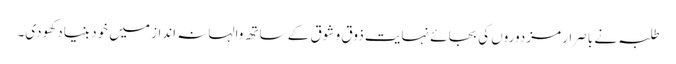
طلبہ نے باصرار مزدوروں کی بجائے نہایت ذوق و شوق کے ساتھ والہانہ انداز میں خود بنیاد کھودی۔